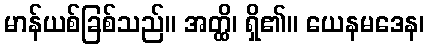
မာန်ယစ်ခြစ်သည်။ အတ္ထိ၊ ရှိ၏။ ယေနမဒေန၊